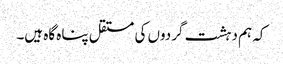
کہ ہم دہشت گردوں کی مستقل پناہ گاہ ہیں۔